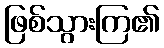
ဖြစ်သွားကြ၏